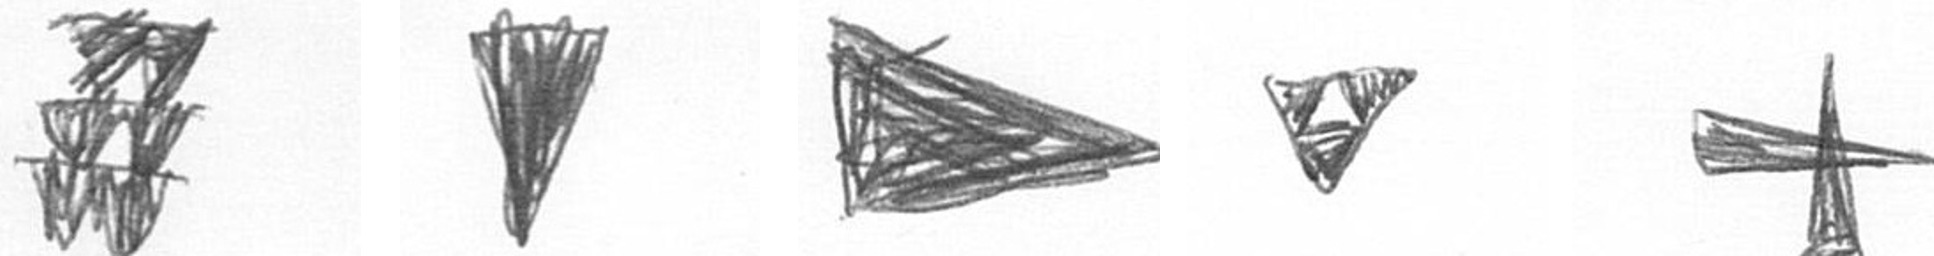
Y J T S G